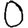
Digit: 0